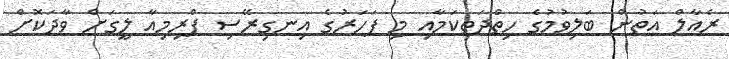
ރެއާލް އަތުން ބަލިވުމުގެ ހިތްދަތިކަމާއި މި ފަހަރުގެ އިނގިރޭސި ޕްރިމިއާ ލީގަށް ވާދަކޮށް